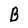
Character: B